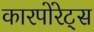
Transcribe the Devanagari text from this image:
कारपोरेट्स